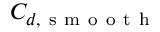
C _ { d , \mathrm { ~ s ~ m ~ o ~ o ~ t ~ h ~ } }